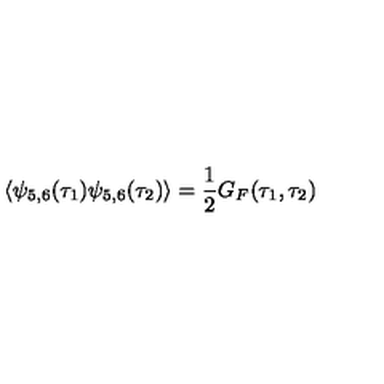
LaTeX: \langle \psi _ { 5 , 6 } ( \tau _ { 1 } ) \psi _ { 5 , 6 } ( \tau _ { 2 } ) \rangle = \frac { 1 } { 2 } G _ { F } ( \tau _ { 1 } , \tau _ { 2 } ) \nonumber